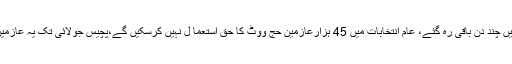
20 جولائی2018ء) انتخابات میں چند دن باقی رہ گئے، عام انتخابات میں 45 ہزارعازمین حج ووٹ کا حق استعما ل نہیں کرسکیں گے،پچیس جولائی تک یہ عازمین سعودی عرب چلے جائیں گے۔